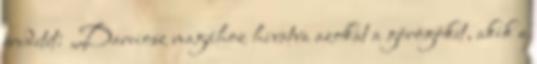
eredetét: „Dareiosz magához hivatva azokat a görögöket, akik a